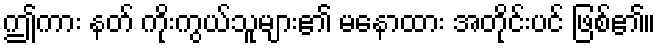
ဤကား နတ် ကိုးကွယ်သူများ၏ မနောထား အတိုင်းပင် ဖြစ်၏။